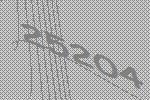
25204